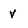
Character: v